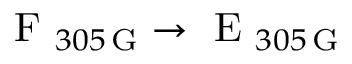
\textrm { F } _ { 3 0 5 \, \mathrm { G } } \rightarrow \textrm { E } _ { 3 0 5 \, \mathrm { G } }